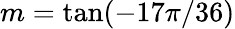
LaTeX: m=\mathrm{tan}(-17\pi/36)